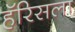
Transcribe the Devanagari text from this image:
हॅरिसला